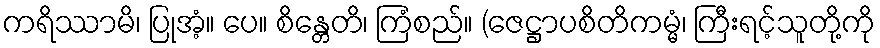
ကရိဿာမိ၊ ပြုအံ့။ ပေ။ စိန္တေတိ၊ ကြံစည်။ (ဇေဋ္ဌာပစိတိကမ္မံ၊ ကြီးရင့်သူတို့ကို